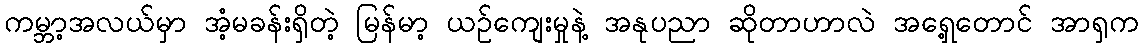
ကမ္ဘာ့အလယ်မှာ အံ့မခန်းရှိတဲ့ မြန်မာ့ ယဥ်ကျေးမှုနဲ့ အနုပညာ ဆိုတာဟာလဲ အရှေ့တောင် အာရှက